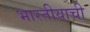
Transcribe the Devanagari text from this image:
भारतीयाची